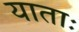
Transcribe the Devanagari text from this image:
याताः